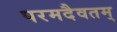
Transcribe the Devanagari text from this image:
परमदैवतम्